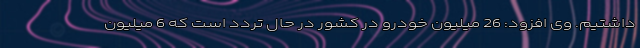
داشتیم. وی افزود: 26 میلیون خودرو در کشور در حال تردد است که 6 میلیون